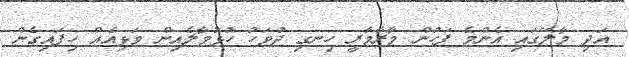
އަދި މާލޭގައި އެންމެ ފަހުން މާރާމާރީ ހިނގި ދުވަހު ހުޅުމާލެއިން ވަޅިއެއް ހިފައިގެން